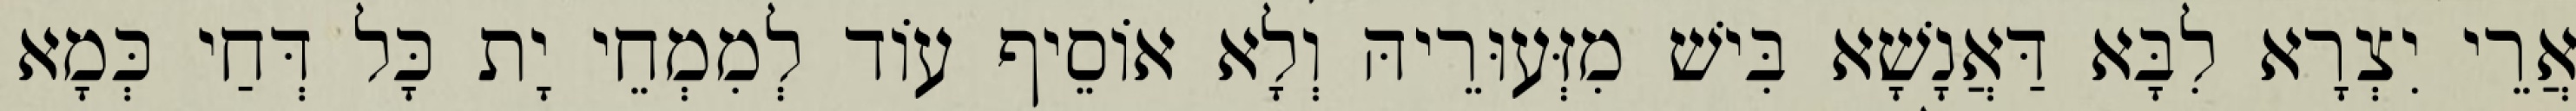
אֲרֵי יִצְרָא לִבָּא דַּאֲנָשָׁא בִּישׁ מִזְּעוּרֵיהּ וְלָא אוֹסֵיף עוֹד לְמִמְחֵי יָת כָּל דְּחַי כְּמָא